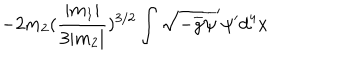
- 2 m _ { 2 } ( \frac { | m _ { 1 } | } { 3 | m _ { 2 } | } ) ^ { 3 / 2 } \int \sqrt { - \overline { { { g } } } } \overline { { { \psi } } } ^ { \prime } \psi ^ { \prime } d ^ { 4 } x